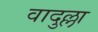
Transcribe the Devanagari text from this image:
वादुल्ला